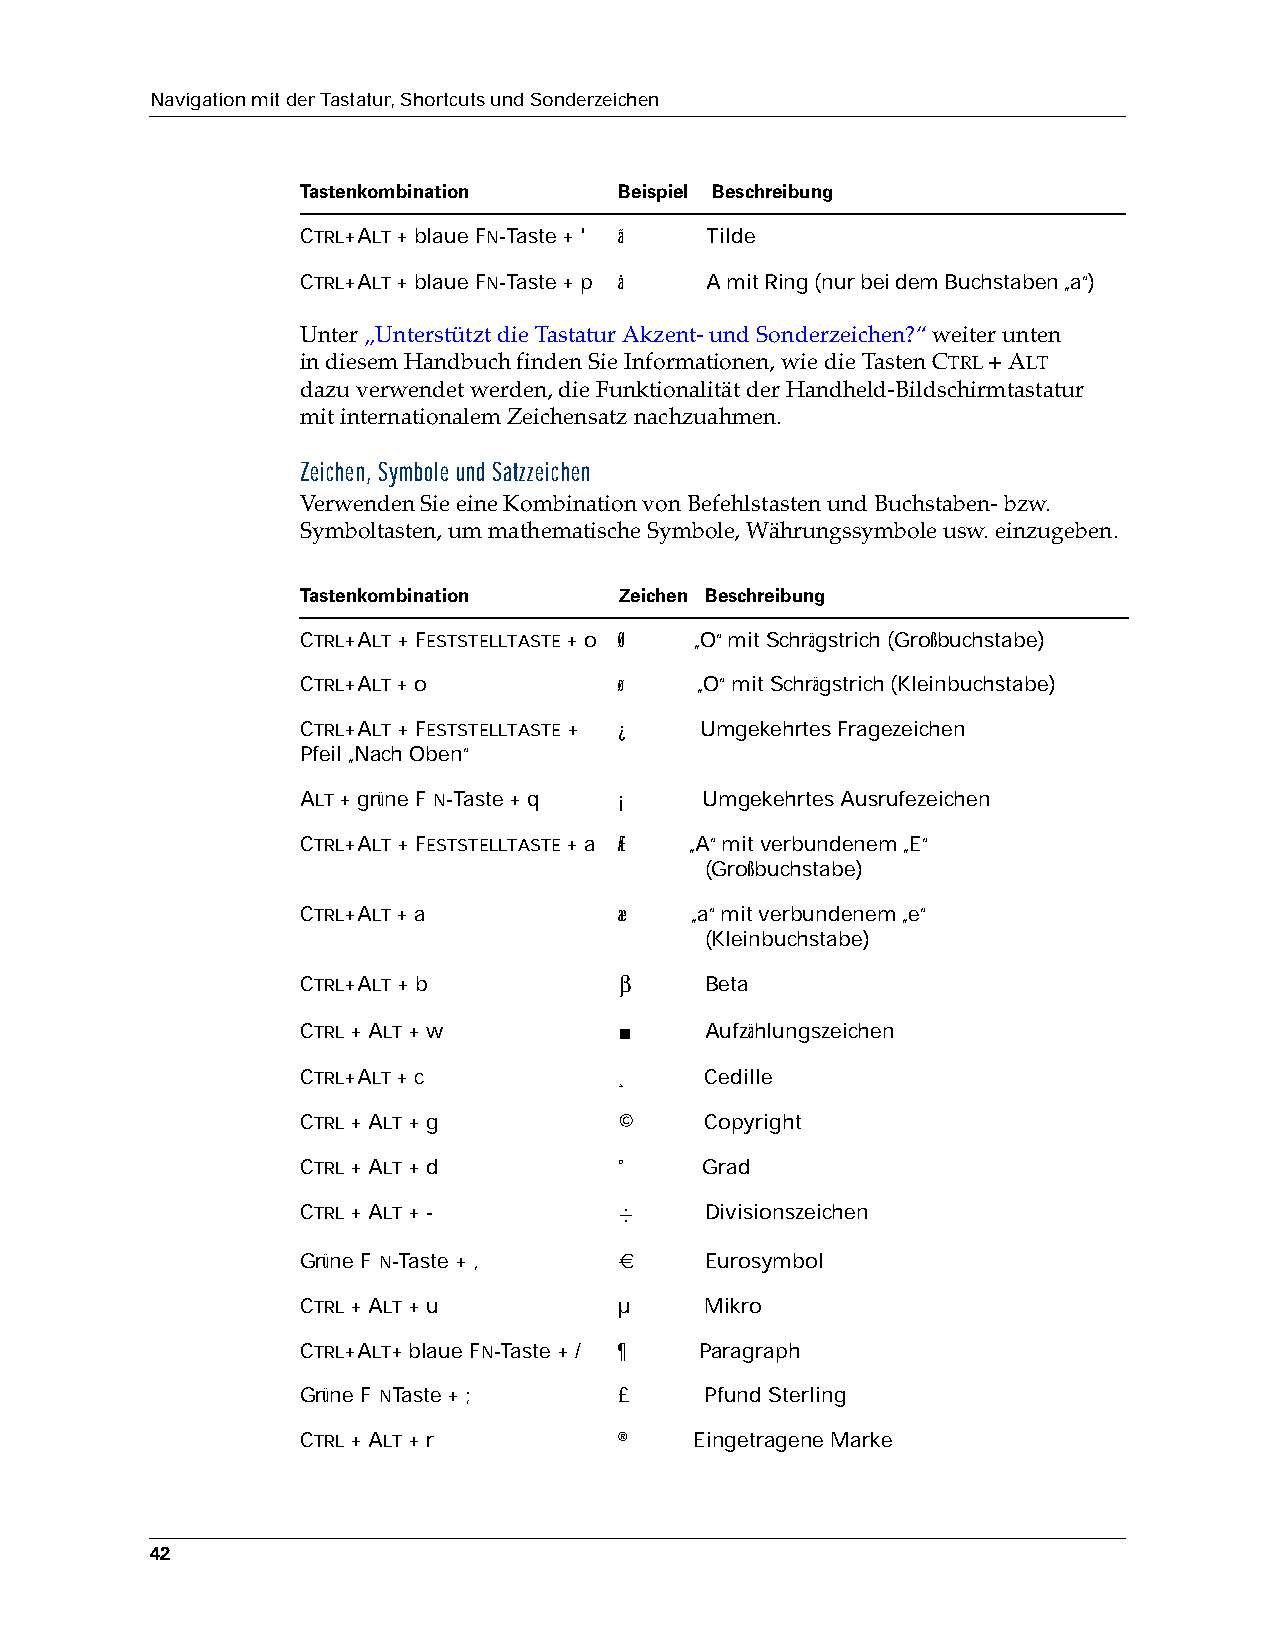
Navigation mit der Tastatur, Shortcuts und Sonderzeichen
 Tastenkombination    Beispiel Beschreibung
 CTRL+ALT + blaue FN-Taste + ' ã Tilde
 CTRL+ALT + blaue FN-Taste + p å A mit Ring (nur bei dem Buchstaben „a“)
 Unter „Unterstützt die Tastatur Akzent- und Sonderzeichen?“ weiter unten
 indiesem Handbuch finden Sie Informationen, wie die Tasten CTRL + ALT
 dazuverwendet werden, die Funktionalität der Handheld-Bildschirmtastatur
 mitinternationalem Zeichensatz nachzuahmen.
 Zeichen, Symbole und Satzzeichen
 Verwenden Sie eine Kombination von Befehlstasten und Buchstaben- bzw.
 Symboltasten, um mathematische Symbole, Währungssymbole usw. einzugeben.
 Tastenkombination    Zeichen Beschreibung
 CTRL+ALT + FESTSTELLTASTE + o Ø „O“ mit Schrägstrich (Großbuchstabe)
 CTRL+ALT + o         ø    „O“ mit Schrägstrich (Kleinbuchstabe)
 CTRL+ALT + FESTSTELLTASTE + ¿ Umgekehrtes Fragezeichen
 Pfeil „Nach Oben“
 ALT + grüne F N-Taste + q ¡ Umgekehrtes Ausrufezeichen
 CTRL+ALT + FESTSTELLTASTE + a Æ „A“ mit verbundenem „E“
 (Großbuchstabe)
 CTRL+ALT + a         æ    „a“ mit verbundenem „e“
 (Kleinbuchstabe)
 CTRL+ALT + b         β     Beta
 CTRL + ALT + w       ■     Aufzählungszeichen
 CTRL+ALT + c         ¸     Cedille
 CTRL + ALT + g       ©     Copyright
 CTRL + ALT + d       °     Grad
 CTRL + ALT + -       ÷     Divisionszeichen
 Grüne F N-Taste + ,  €     Eurosymbol
 CTRL + ALT + u       µ     Mikro
 CTRL+ALT+ blaue FN-Taste + / ¶ Paragraph
 Grüne F NTaste + ;   £     Pfund Sterling
 CTRL + ALT + r       ®    Eingetragene Marke
 42